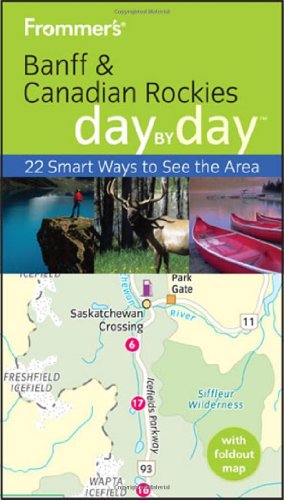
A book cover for Frommer's Banff and the Canadian Rockies Day by Day (Frommer's Day by Day - Pocket); Christie Pashby; Travel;